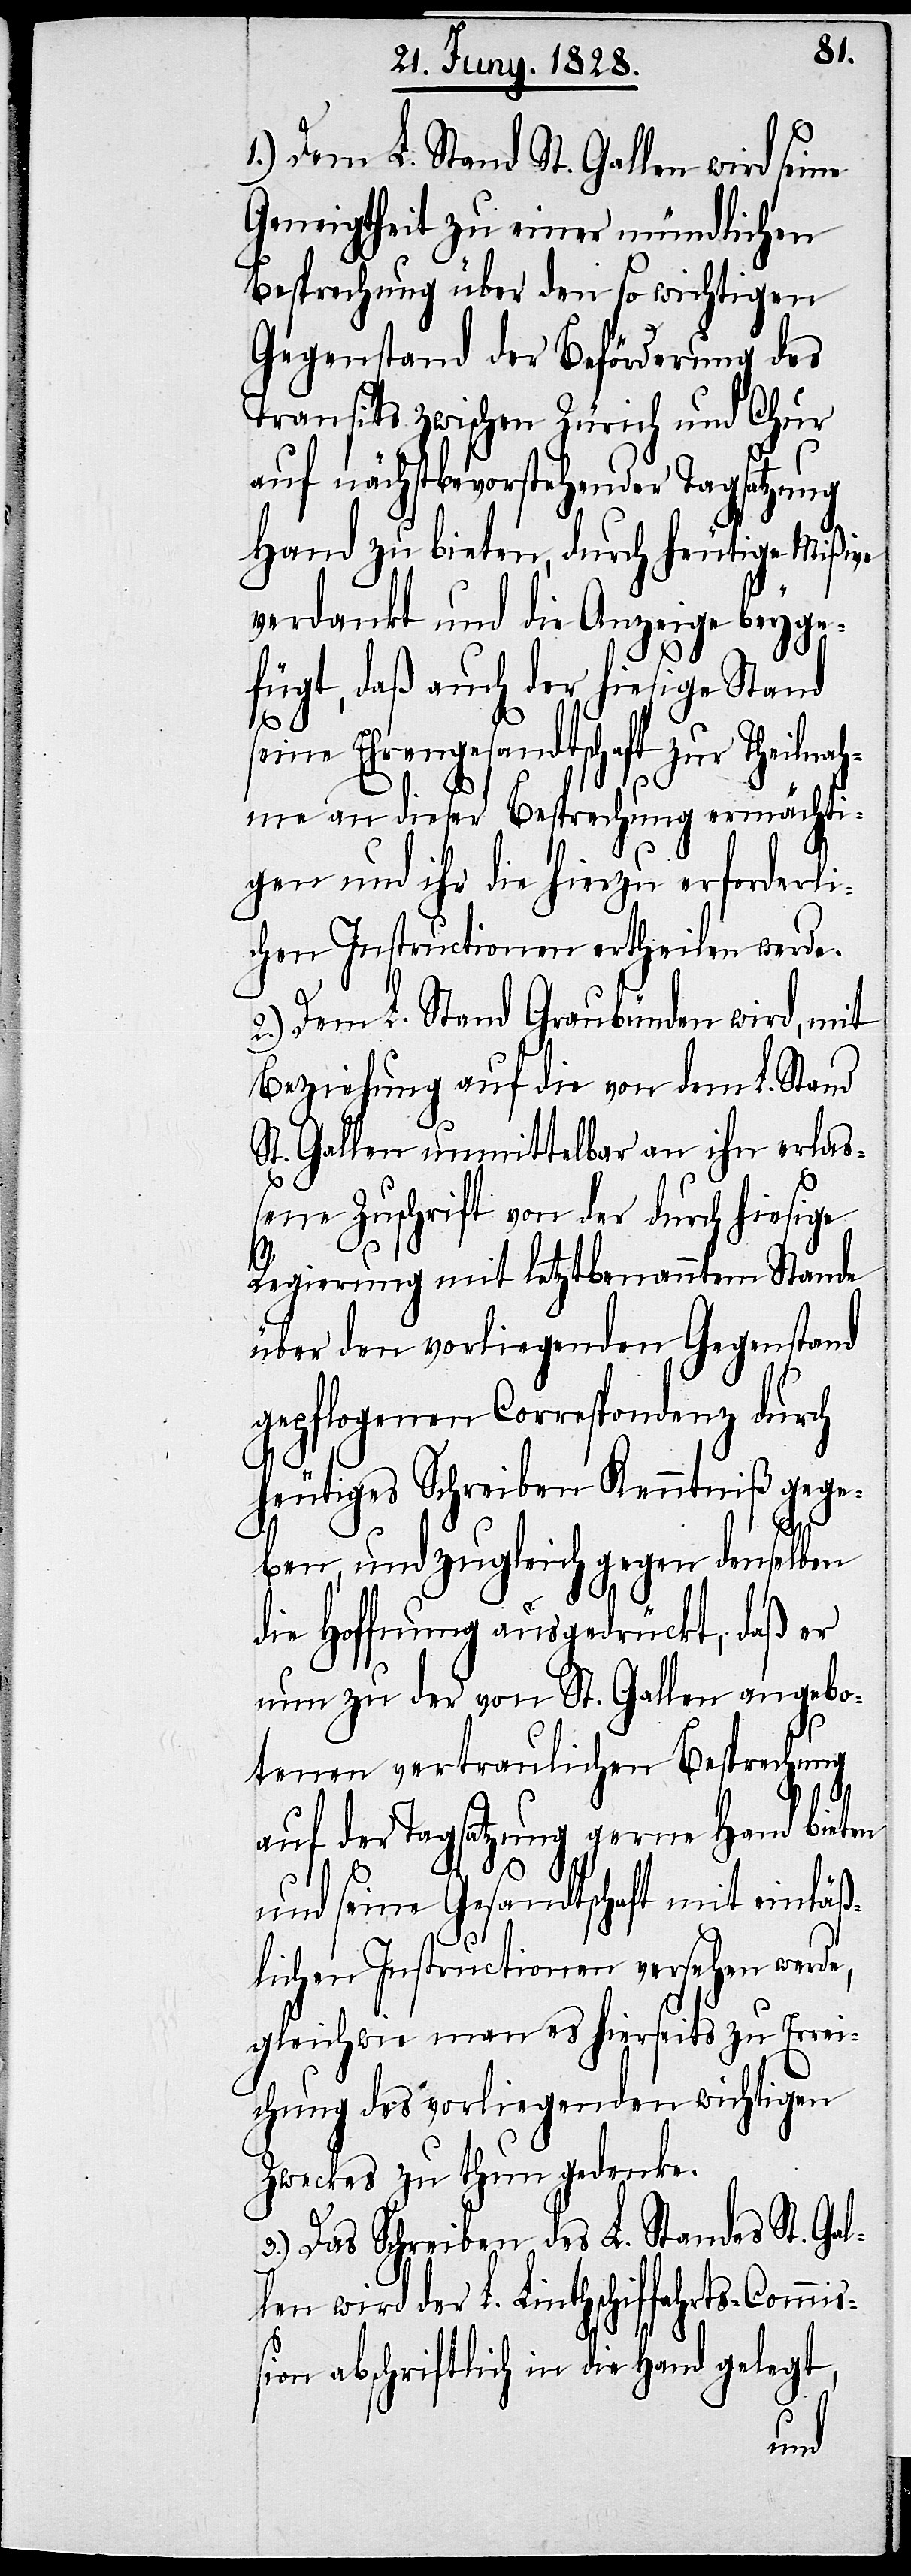
s¬

1.) Dem L. Stand St. Gallen wird seine
Geneigtheit zu einer mündlichen
Besprechung über den so wichtigen
Gegenstand der Beförderung des
Transits zwischen Zürich und Chur
auf nächstbevorstehender Tagsatzung
Hand zu bieten, durch heutige Mißive
verdankt und die Anzeige beyge¬
fügt, daß auch der hiesige Stand
eine Ehrengesandtschaft zur Theil¬
me an dieser Besprechung ermächti¬
gen und ihr die hierzu erforderli¬
chen Instructionen ertheilen werde.
2.) Dem L. Stand Graubünden wird, mit
Beziehung auf die von dem L. Stand
St. Gallen unmittelbar an ihn erlaß¬
ene Zuschrift von der durch hiesige
Regierung mit letztbenanntem Stande
über den vorliegenden Gegenstand
gepflogenen Correspondenz durch
heutiges Schreiben Kenntniß gege¬
mi¬
ben, und zugleich gegen denselben
die Hoffnung ausgedrückt, daß er
nun zu der von St. Gallen angebo¬
tenen vertraulichen Besprechung
auf der Tagsatzung gerne Hand bieten
und seine Gesandtschaft mit einläß¬
lichen Instructionen versehen werde,
gleichwie man es hierseits zu Errei¬
chung des vorliegenden wichtigen
Zweckes zu thun gedenke.
3.) Das Schreiben des L. Standes St. Gal¬
len wird der L. Linthschiffahrts-Com¬
ßion abschriftlich in die Hand gelegt,